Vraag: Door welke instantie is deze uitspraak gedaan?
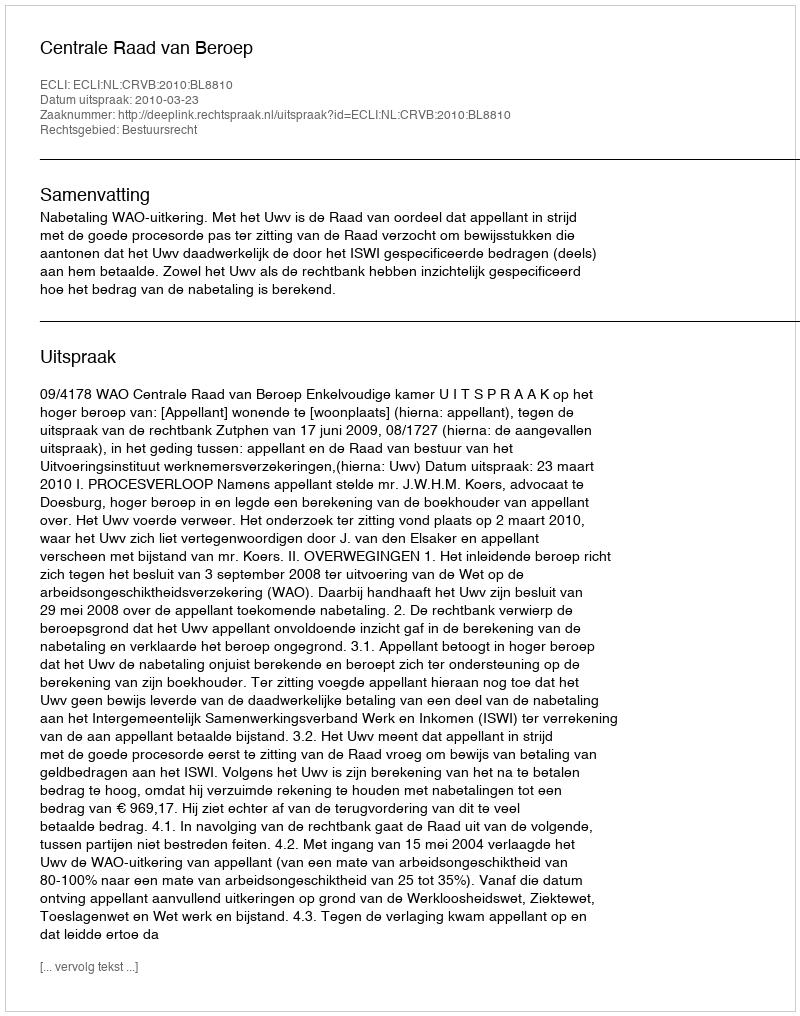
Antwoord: Centrale Raad van Beroep